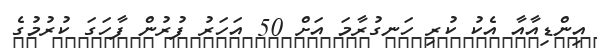
އިންޑިއާއާ އެކު ކުރި ހަނގުރާމަ އަށް 50 އަހަރު ފުރުން ފާހަަގަ ކުރުމުގެ